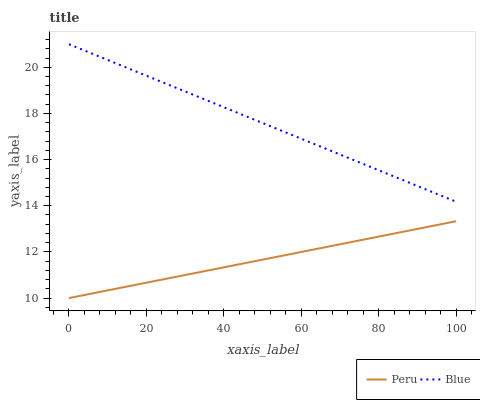
| xaxis_label | Peru | Blue |
 | --- | --- | --- |
 | 0 | 10 | 21 |
 | 11.1 | 10.4 | 20.2 |
 | 22.2 | 10.7 | 19.5 |
 | 33.3 | 11.1 | 18.7 |
 | 44.4 | 11.5 | 18 |
 | 55.6 | 11.8 | 17.2 |
 | 66.7 | 12.2 | 16.4 |
 | 77.8 | 12.6 | 15.7 |
 | 88.9 | 13 | 14.9 |
 | 100 | 13.3 | 14.2 |